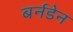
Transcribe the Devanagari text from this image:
बर्नडेन